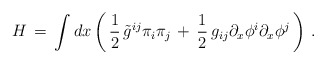
\begin{align*}H\, =\, \int dx \left( \, {1\over 2}\, \tilde{g}^{ij} \pi_i \pi_j\, +\, {1\over 2}\, g_{ij} \partial_x \phi^i \partial_x \phi^j \, \right)\, .\end{align*}